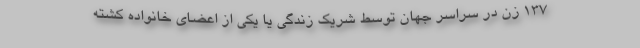
۱۳۷ زن در سراسر جهان توسط شریک زندگی یا یکی از اعضای خانواده کشته